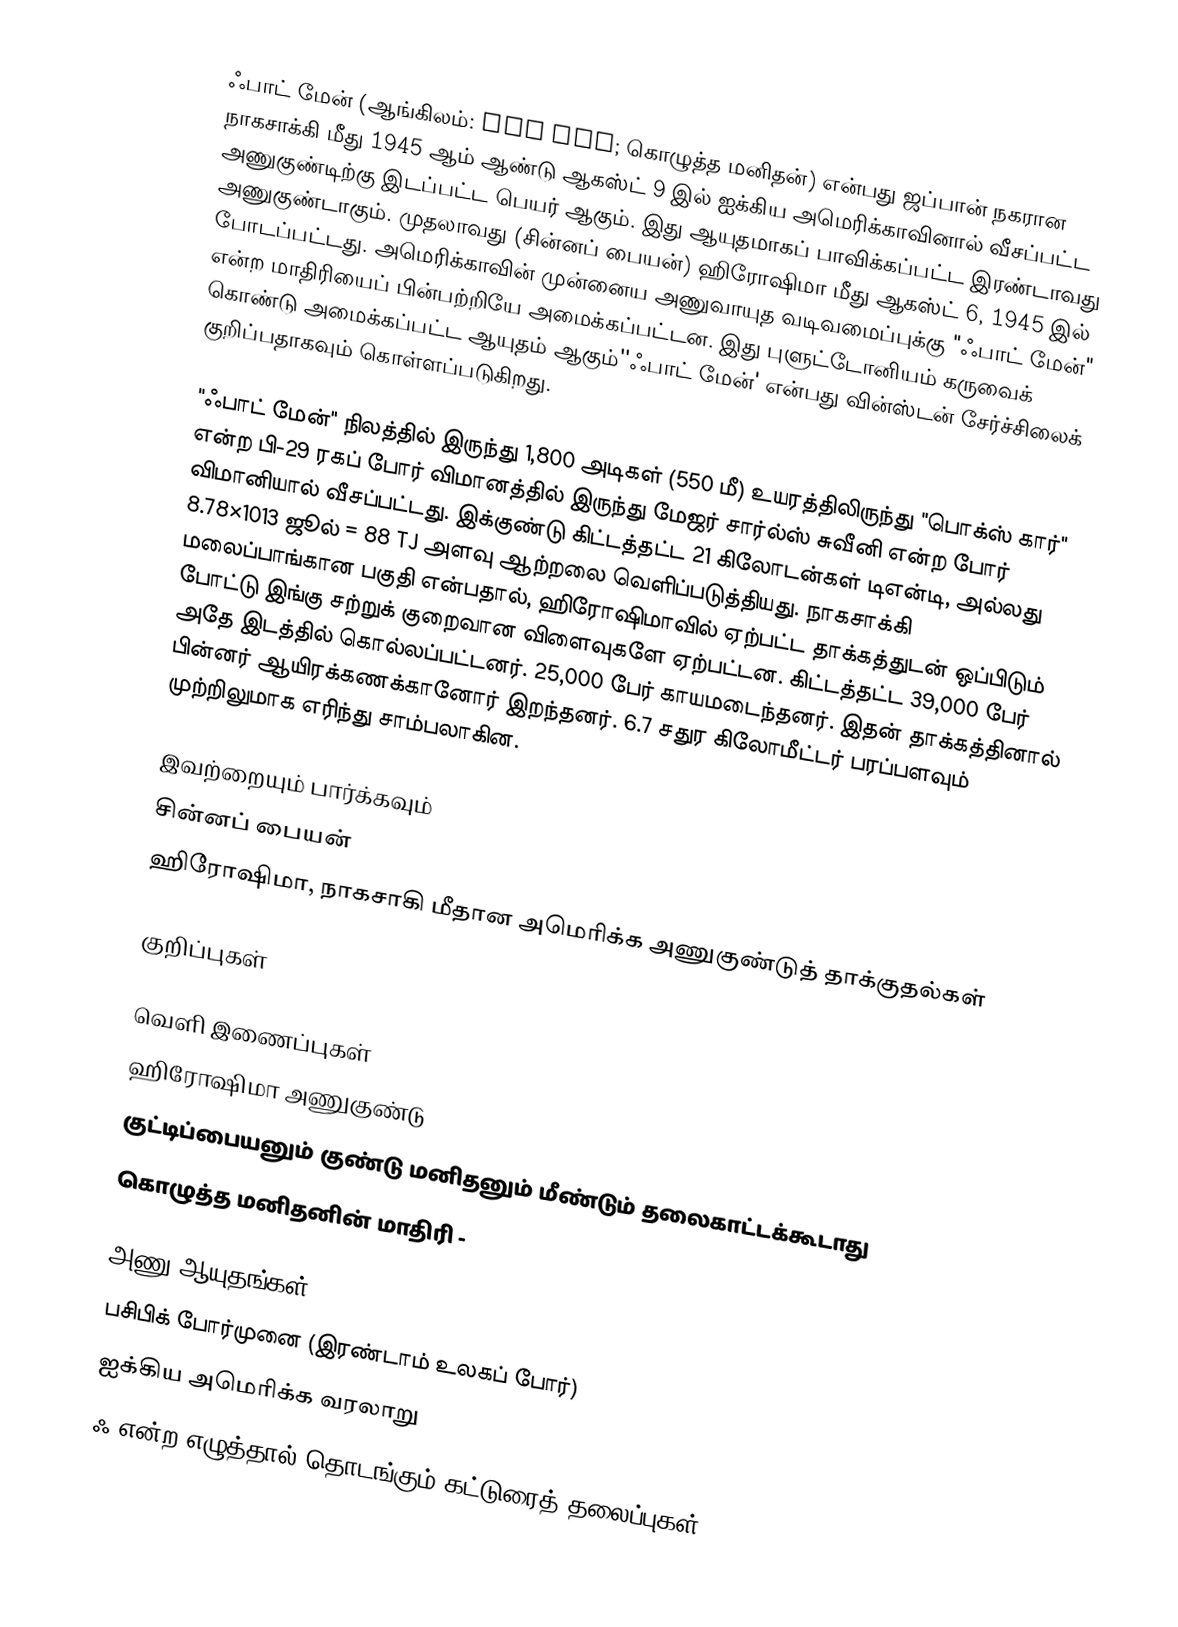
ஃபாட் மேன் (ஆங்கிலம்: Fat Man; கொழுத்த மனிதன்)  என்பது ஜப்பான் நகரான நாகசாக்கி மீது 1945 ஆம் ஆண்டு ஆகஸ்ட் 9 இல் ஐக்கிய அமெரிக்காவினால் வீசப்பட்ட அணுகுண்டிற்கு இடப்பட்ட பெயர் ஆகும். இது ஆயுதமாகப் பாவிக்கப்பட்ட இரண்டாவது அணுகுண்டாகும். முதலாவது (சின்னப் பையன்) ஹிரோஷிமா மீது ஆகஸ்ட் 6, 1945 இல் போடப்பட்டது. அமெரிக்காவின் முன்னைய அணுவாயுத வடிவமைப்புக்கு "ஃபாட் மேன்" என்ற மாதிரியைப் பின்பற்றியே அமைக்கப்பட்டன. இது புளுட்டோனியம் கருவைக் கொண்டு அமைக்கப்பட்ட ஆயுதம் ஆகும்''ஃபாட் மேன்' என்பது வின்ஸ்டன் சேர்ச்சிலைக் குறிப்பதாகவும் கொள்ளப்படுகிறது.

"ஃபாட் மேன்" நிலத்தில் இருந்து 1,800 அடிகள் (550 மீ) உயரத்திலிருந்து "பொக்ஸ் கார்" என்ற பி-29 ரகப் போர் விமானத்தில் இருந்து மேஜர் சார்ல்ஸ் சுவீனி என்ற போர் விமானியால் வீசப்பட்டது. இக்குண்டு கிட்டத்தட்ட 21 கிலோடன்கள் டிஎன்டி, அல்லது 8.78×1013 ஜூல் = 88 TJ அளவு ஆற்றலை வெளிப்படுத்தியது. நாகசாக்கி மலைப்பாங்கான பகுதி என்பதால், ஹிரோஷிமாவில் ஏற்பட்ட தாக்கத்துடன் ஒப்பிடும் போட்டு இங்கு சற்றுக் குறைவான விளைவுகளே ஏற்பட்டன. கிட்டத்தட்ட 39,000 பேர் அதே இடத்தில் கொல்லப்பட்டனர். 25,000 பேர் காயமடைந்தனர். இதன் தாக்கத்தினால் பின்னர் ஆயிரக்கணக்கானோர் இறந்தனர். 6.7 சதுர கிலோமீட்டர் பரப்பளவும் முற்றிலுமாக எரிந்து சாம்பலாகின.

இவற்றையும் பார்க்கவும்
 சின்னப் பையன்
 ஹிரோஷிமா, நாகசாகி மீதான அமெரிக்க அணுகுண்டுத் தாக்குதல்கள்

குறிப்புகள்

வெளி இணைப்புகள்
 ஹிரோஷிமா அணுகுண்டு
 குட்டிப்பையனும் குண்டு மனிதனும் மீண்டும் தலைகாட்டக்கூடாது
 கொழுத்த மனிதனின் மாதிரி -

அணு ஆயுதங்கள்
பசிபிக் போர்முனை (இரண்டாம் உலகப் போர்)
ஐக்கிய அமெரிக்க வரலாறு
ஃ என்ற எழுத்தால் தொடங்கும் கட்டுரைத் தலைப்புகள்